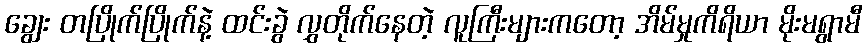
ချွေး တပြိုက်ပြိုက်နဲ့ ထင်းခွဲ လွှတိုက်နေတဲ့ လူကြီးများကတော့ အိမ်မှုကိရိယာ မိုးမရွာမီ